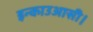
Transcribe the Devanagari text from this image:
इन्काउआसी।